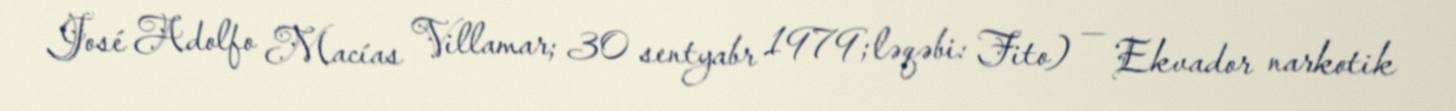
José Adolfo Macías Villamar; 30 sentyabr 1979; ləqəbi: Fito) — Ekvador narkotik